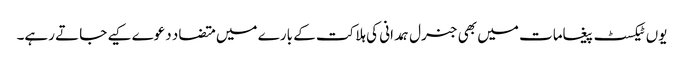
یوں ٹیکسٹ پیغامات میں بھی جنرل ہمدانی کی ہلاکت کے بارے میں متضاد دعوے کیے جاتے رہے۔